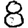
Digit: 8